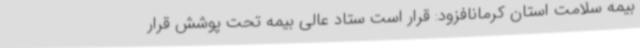
بیمه سلامت استان کرمانافزود: قرار است ستاد عالی بیمه تحت پوشش قرار